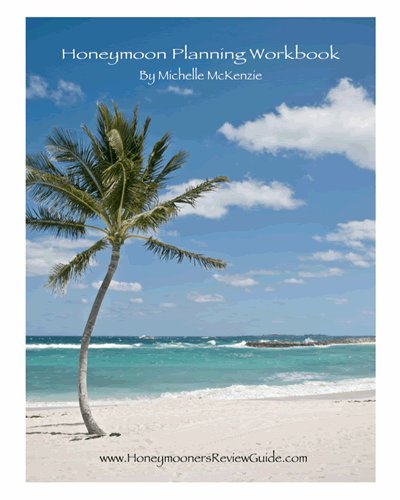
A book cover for Honeymoon Planning Workbook; Michelle McKenzie; Crafts, Hobbies & Home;